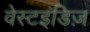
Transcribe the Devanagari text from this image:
वेस्टइंडिज़